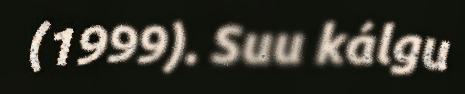
(1999). Suu kálgu